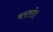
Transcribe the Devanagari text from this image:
बरतते।